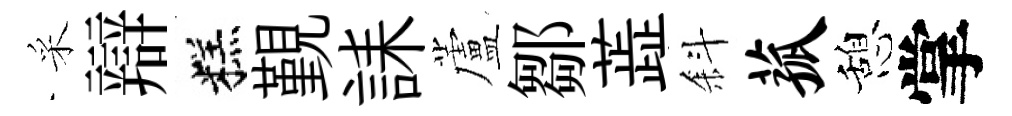
采辯糕覲誄蘆鄒蕋斜菰憩掌